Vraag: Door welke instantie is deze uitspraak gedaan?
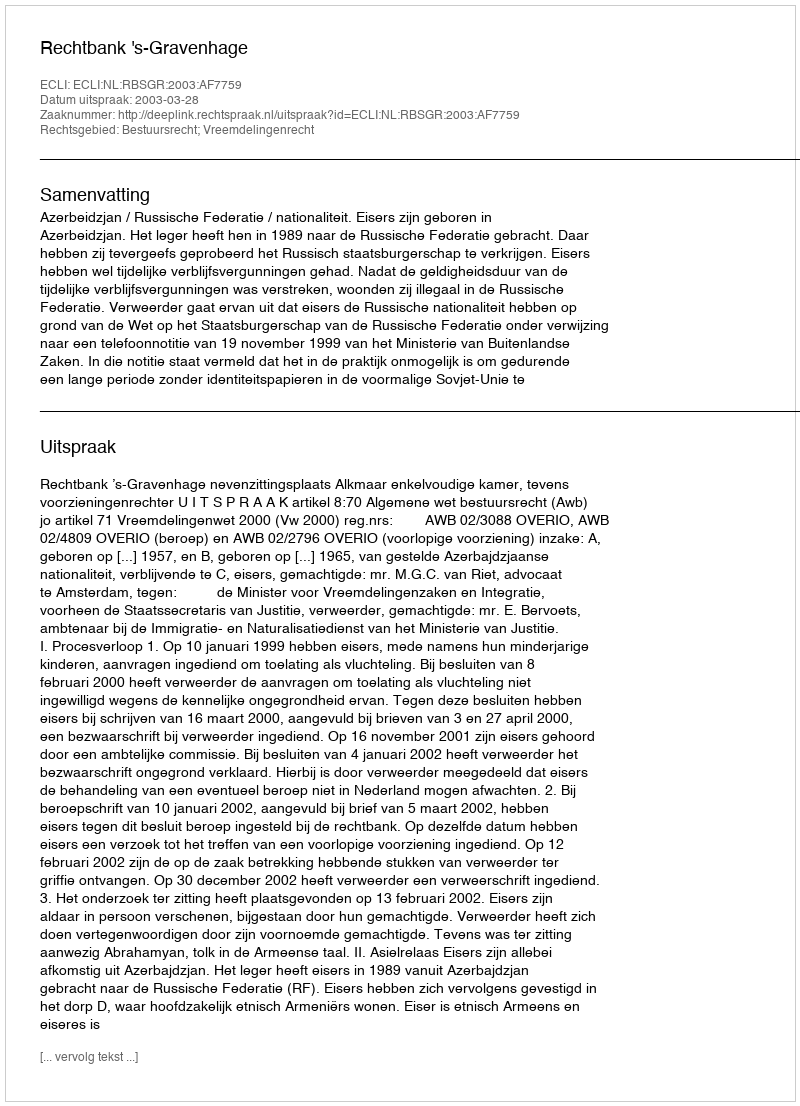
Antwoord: Rechtbank 's-Gravenhage